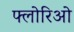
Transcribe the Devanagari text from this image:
फ्लोरिओ